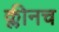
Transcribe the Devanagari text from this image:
क्लीनच